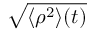
\sqrt { \langle \rho ^ { 2 } \rangle ( t ) }